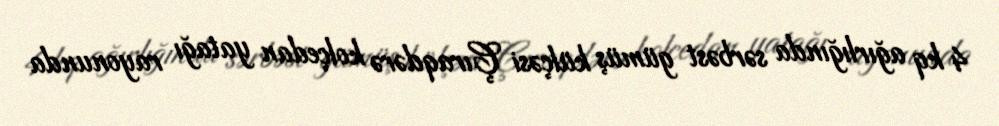
4 kq ağırlığında sərbəst gümüş külçəsi Çıraqdərə kolçedan yatağı rayonunda